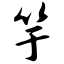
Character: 竽